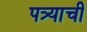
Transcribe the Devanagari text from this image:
पत्र्याची